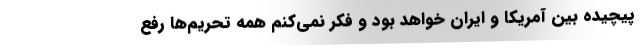
پیچیده بین آمریکا و ایران خواهد بود و فکر نمی‌کنم همه تحریم‌ها رفع